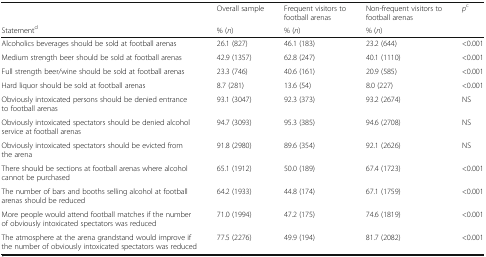
|  | Overall sample | Frequent visitors to football arenas | Non-frequent visitors to football arenas | pc |
 | Statementd | % (n) | % (n) | % (n) |  |
 | --- | --- | --- | --- | --- |
 | Alcoholics beverages should be sold at football arenas | 26.1 (827) | 46.1 (183) | 23.2 (644) | <0.001 |
 | Medium strength beer should be sold at football arenas | 42.9 (1357) | 62.8 (247) | 40.1 (1110) | <0.001 |
 | Full strength beer/wine should be sold at football arenas | 23.3 (746) | 40.6 (161) | 20.9 (585) | <0.001 |
 | Hard liquor should be sold at football arenas | 8.7 (281) | 13.6 (54) | 8.0 (227) | <0.001 |
 | Obviously intoxicated persons should be denied entrance to football arenas | 93.1 (3047) | 92.3 (373) | 93.2 (2674) | NS |
 | Obviously intoxicated spectators should be denied alcohol service at football arenas | 94.7 (3093) | 95.3 (385) | 94.6 (2708) | NS |
 | Obviously intoxicated spectators should be evicted from the arena | 91.8 (2980) | 89.6 (354) | 92.1 (2626) | NS |
 | There should be sections at football arenas where alcohol cannot be purchased | 65.1 (1912) | 50.0 (189) | 67.4 (1723) | <0.001 |
 | The number of bars and booths selling alcohol at football arenas should be reduced | 64.2 (1933) | 44.8 (174) | 67.1 (1759) | <0.001 |
 | More people would attend football matches if the number of obviously intoxicated spectators was reduced | 71.0 (1994) | 47.2 (175) | 74.6 (1819) | <0.001 |
 | The atmosphere at the arena grandstand would improve if the number of obviously intoxicated spectators was reduced | 77.5 (2276) | 49.9 (194) | 81.7 (2082) | <0.001 |